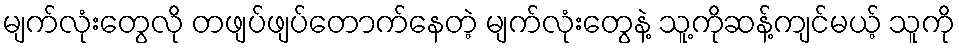
မျက်လုံးတွေလို တဖျပ်ဖျပ်တောက်နေတဲ့ မျက်လုံးတွေနဲ့ သူ့ကိုဆန့်ကျင်မယ့် သူကို